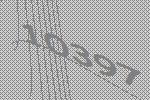
10397